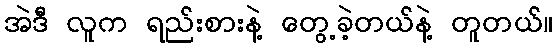
အဲဒီ လူက ရည်းစားနဲ့ တွေ့ခဲ့တယ်နဲ့ တူတယ်။